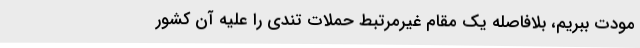
مودت ببریم، بلافاصله یک مقام غیرمرتبط حملات تندی را علیه آن کشور